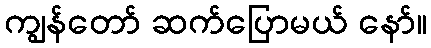
ကျွန်တော် ဆက်ပြောမယ် နော်။